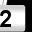
Digit: 2